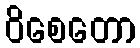
ဝိစေတော